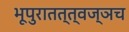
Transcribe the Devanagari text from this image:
भूपुरातत्त्वज्ञच